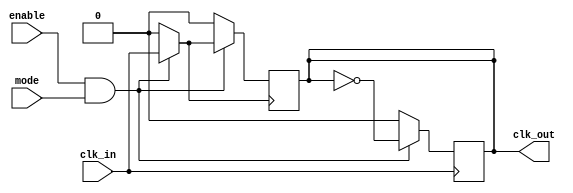
module low_power_clock_buffer (
    input wire clk_in,         // Input clock signal
    input wire enable,         // Enable signal for clock buffer
    input wire mode,           // Mode: 1 for normal mode, 0 for sleep mode
    output reg clk_out         // Buffered clock output
);

// Internal signals for buffering stages
wire buf1_out, buf2_out;

// Buffer stage 1
always @(posedge clk_in) begin
    if (enable && mode) begin
        clk_out <= !clk_out; // Toggle clock output in normal mode
    end else begin
        clk_out <= 1'b0; // Sleep mode, hold low
    end
end

// Additional buffering stage with a simple inverter for demonstration
assign buf1_out = enable && mode ? clk_in : 1'b0; // First buffer level
assign buf2_out = enable && mode ? buf1_out : 1'b0; // Second buffer level

// Final output stage to ensure proper drive strength
always @(posedge buf2_out) begin
    if (enable && mode) begin
        clk_out <= buf2_out; // Drive output only when enabled
    end else begin
        clk_out <= 1'b0; // Sleep mode, hold low
    end
end

endmodule